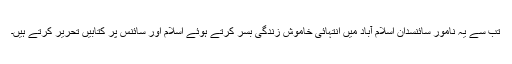
تب سے یہ نامور سائنسدان اسلام آباد میں انتہائی خاموش زندگی بسر کرتے ہوئے اسلام اور سائنس پر کتابیں تحریر کرتے ہیں۔